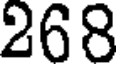
268